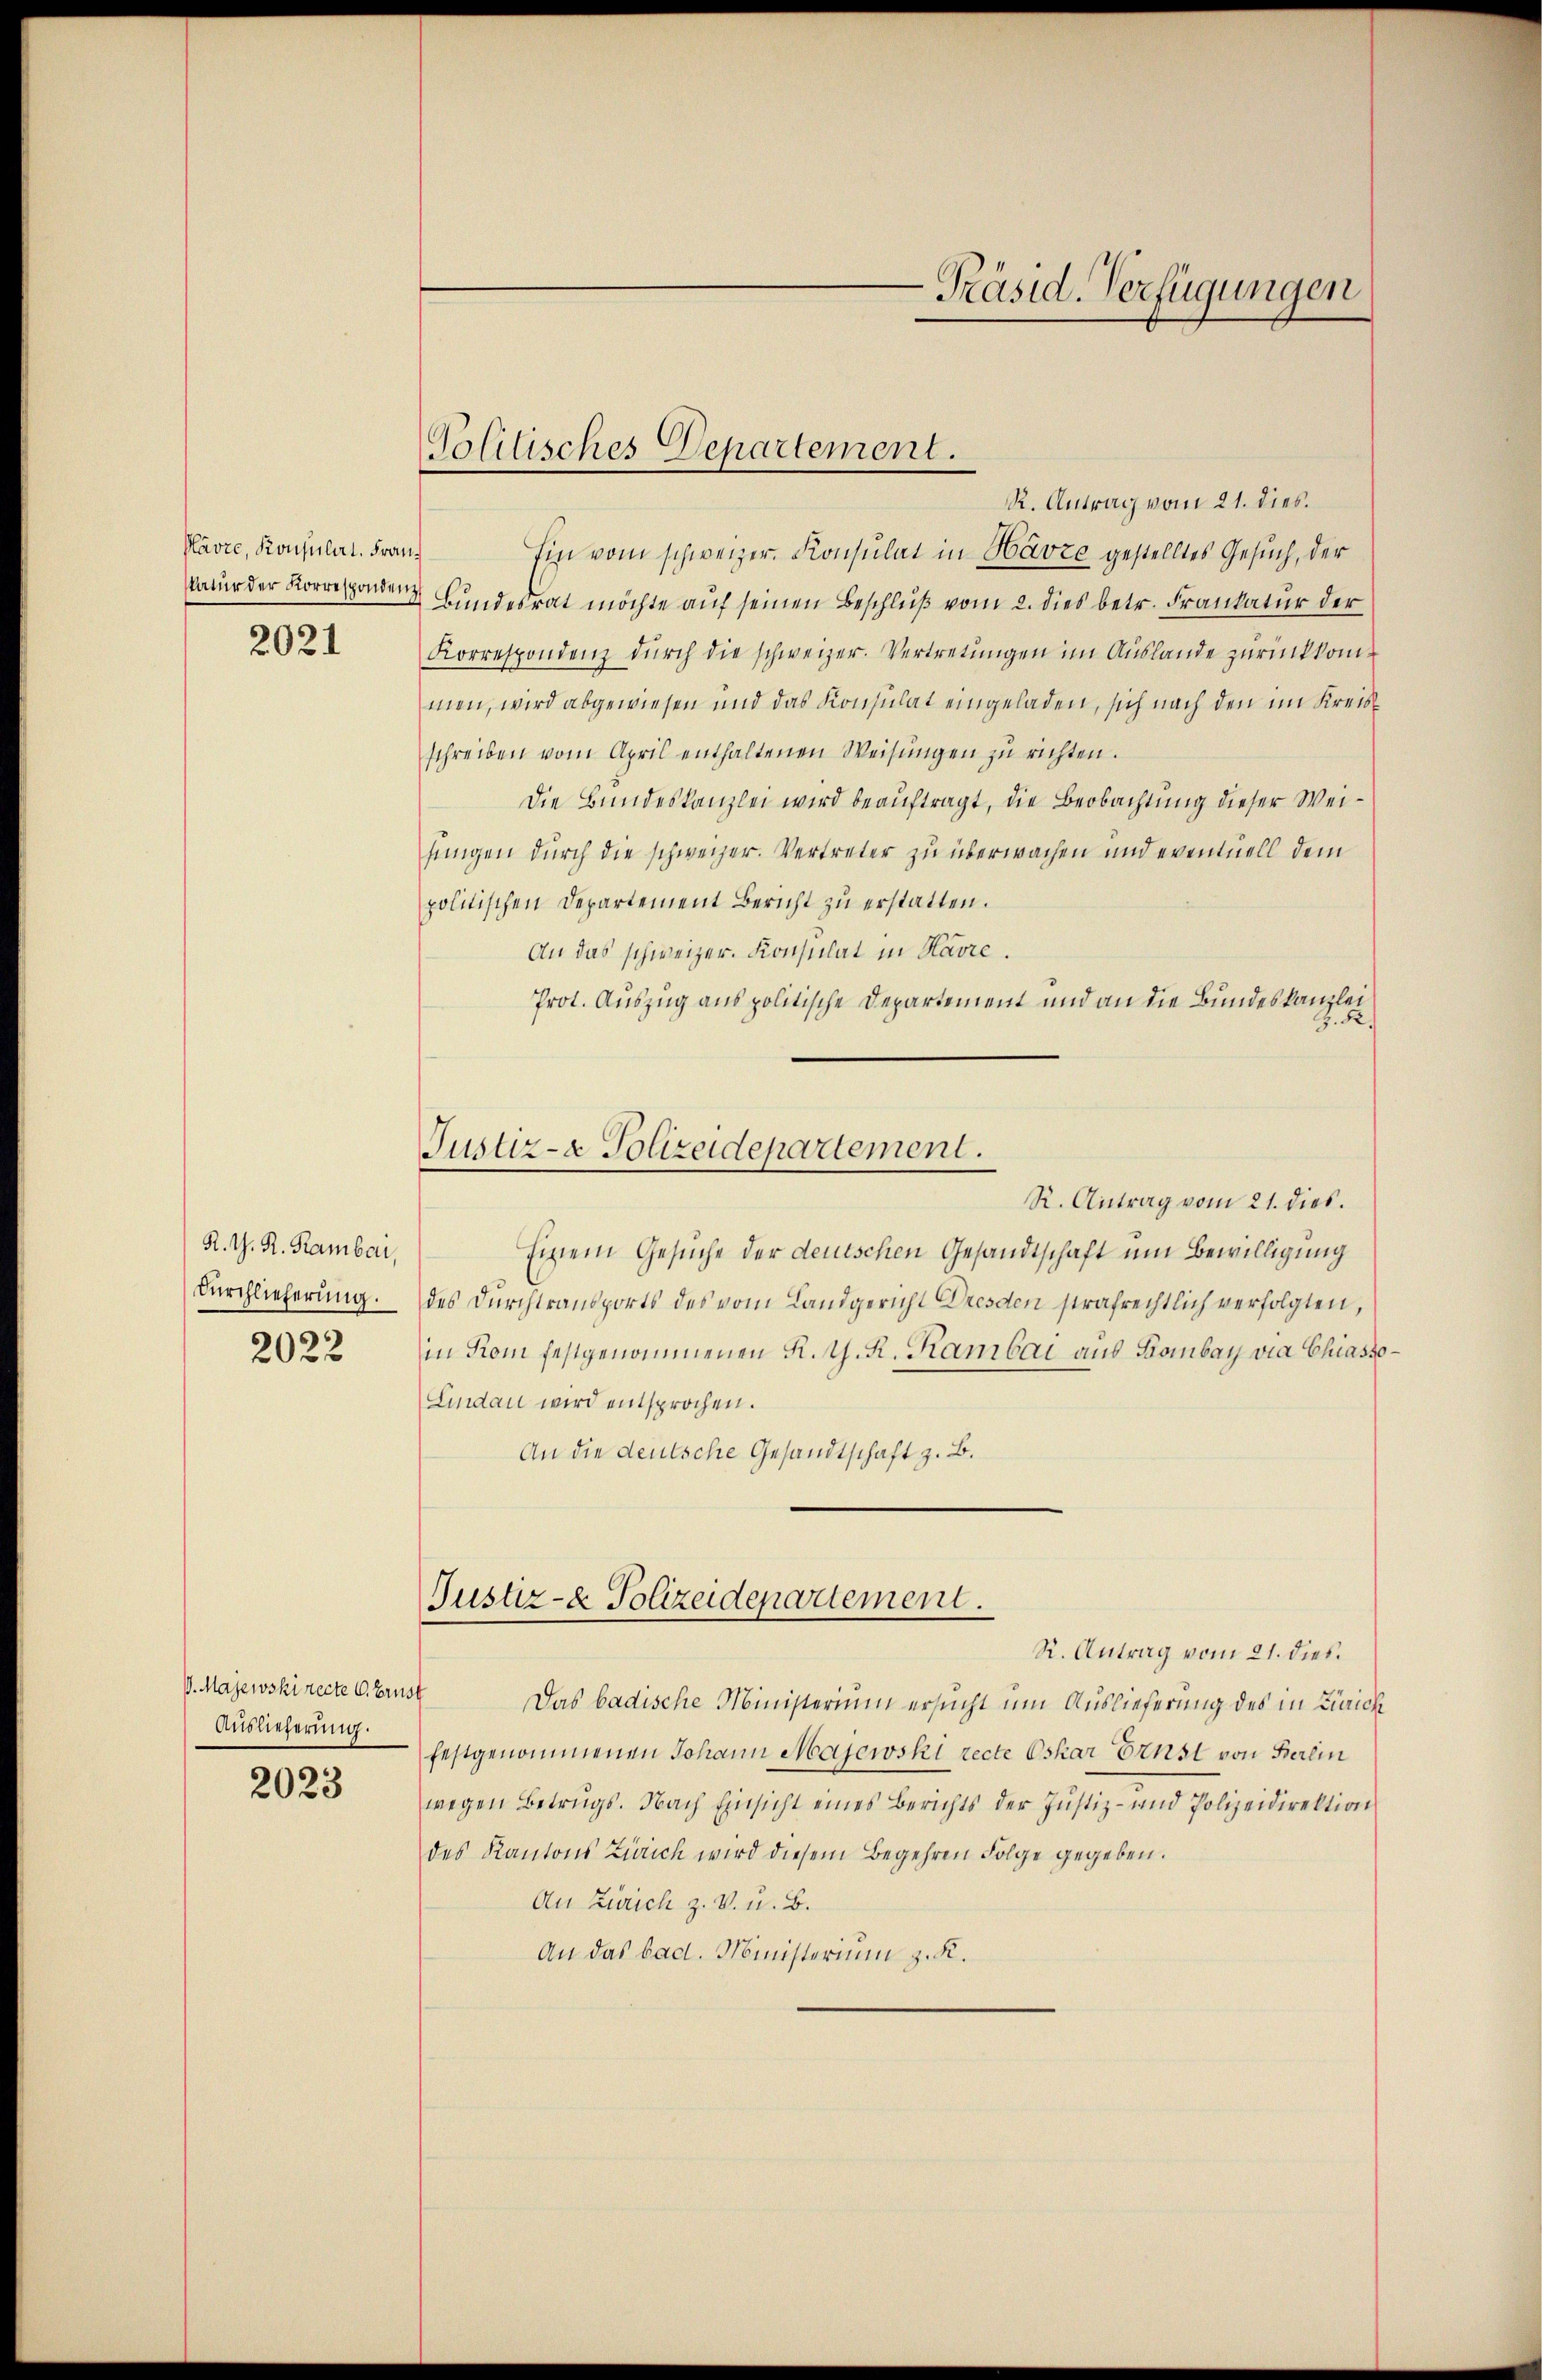
Havre, Konsulirt. Frau
Natur der Korrespondenz
2021

R. M. R. Ramber,
Durchlieferung
2022

V. Majewskirecte 6. Brust
Auslieferung.

2023

Politisches Departement.

R. Antrag vom 21. dies.
Ein vom schweizer. Konsulat in Havre gestelltes Gesuch, der
Bundesrat möchte auf seinen Beschluß vom 2. dies betr. Frankatur der
Korrespondenz dŭrch die schweizer. Vertretungen im Auslande zurückkommen, wird abgewiesen und das Konsulat eingeladen, sich nach den im Kreisschreiben vom April enthaltenen Weisŭngen zŭ richten.
Die Bundeskanzlei wird beauftragt, die Beobachtung dieser Weifungen durch die schweizer. Vertreter zu überwachen und eventuell dem
politischen Departement Bericht zu erstatten.
An das schweizer. Konsulat in Havre.
Prot. Auszug aus politische Departement und an die Bundeskanzlei
Z. B.
Justiz- & Polizeidepartement.
R. Antrag vom 21. dies.
Einem Gesuche der deutschen Gesandtschaft um Bewilligung
des Durchtransports des vom Landgericht Dresden strafrechtlich verfolgten,
in Rom festgenommenen K. G. K. Kambar aus Bombay via Chiasso
Lindau wird entsprochen.
An die deutsche Gesandtschaft z. B.

Justiz- & Polizeidepartement.

-Präsid. Verfügungen

R. Antrag vom 21. dies.
Das badische Ministerium ersucht um Auslieferung des in Zürich
festgenommenen Johann Majewski recte Oskar Ernst von Berein
wegen Betrugs. Nach Einsicht eines Berichts der Justiz- und Polizeidirektion
des Kantons Zürich wird diesem Begehren Folge gegeben.
An Zürich z. V. u. B.
An das bad. Ministerium z. K.